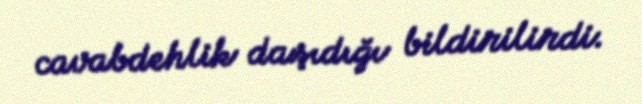
cavabdehlik daşıdığı bildirilirdi.